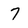
Character: 7